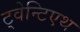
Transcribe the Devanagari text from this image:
ट्वेन्टिएथ